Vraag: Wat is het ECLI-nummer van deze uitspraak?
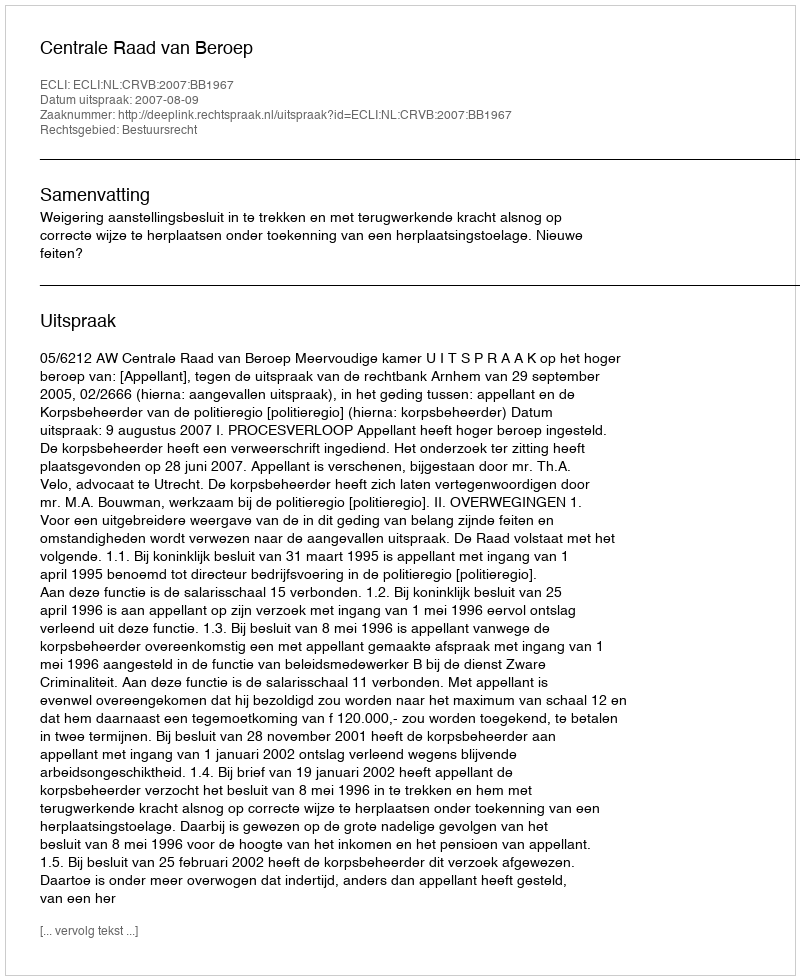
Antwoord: ECLI:NL:CRVB:2007:BB1967